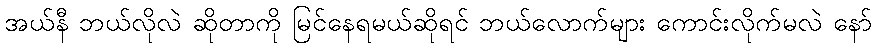
အယ်နီ ဘယ်လိုလဲ ဆိုတာကို မြင်နေရမယ်ဆိုရင် ဘယ်လောက်များ ကောင်းလိုက်မလဲ နော်